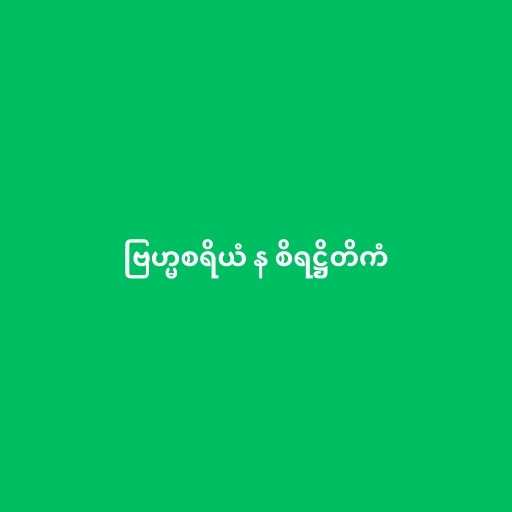
ဗြဟ္မစရိယံ န စိရဋ္ဌိတိကံ